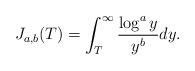
LaTeX: \begin{align*} J_{a,b}(T)=\int_{T}^{\infty} \frac{\log^a y}{y^b} dy.\end{align*}